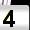
Digit: 4